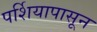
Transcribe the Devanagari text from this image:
पर्शियापासून